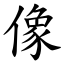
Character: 像